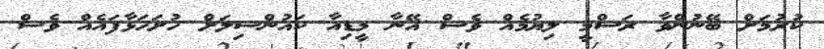
ކުރުމަށް ބޭނުންވާ ރަސްމީ ލިޔުމެއް ވެސް އޭނާ މީޑިއާ ކައުންސިލަށް ހުށަހަޅާފައެއް ވެސް